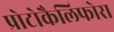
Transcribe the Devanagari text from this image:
प्रोटोकैलिफोरा